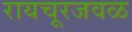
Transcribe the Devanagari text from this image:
रायचूरजवळ